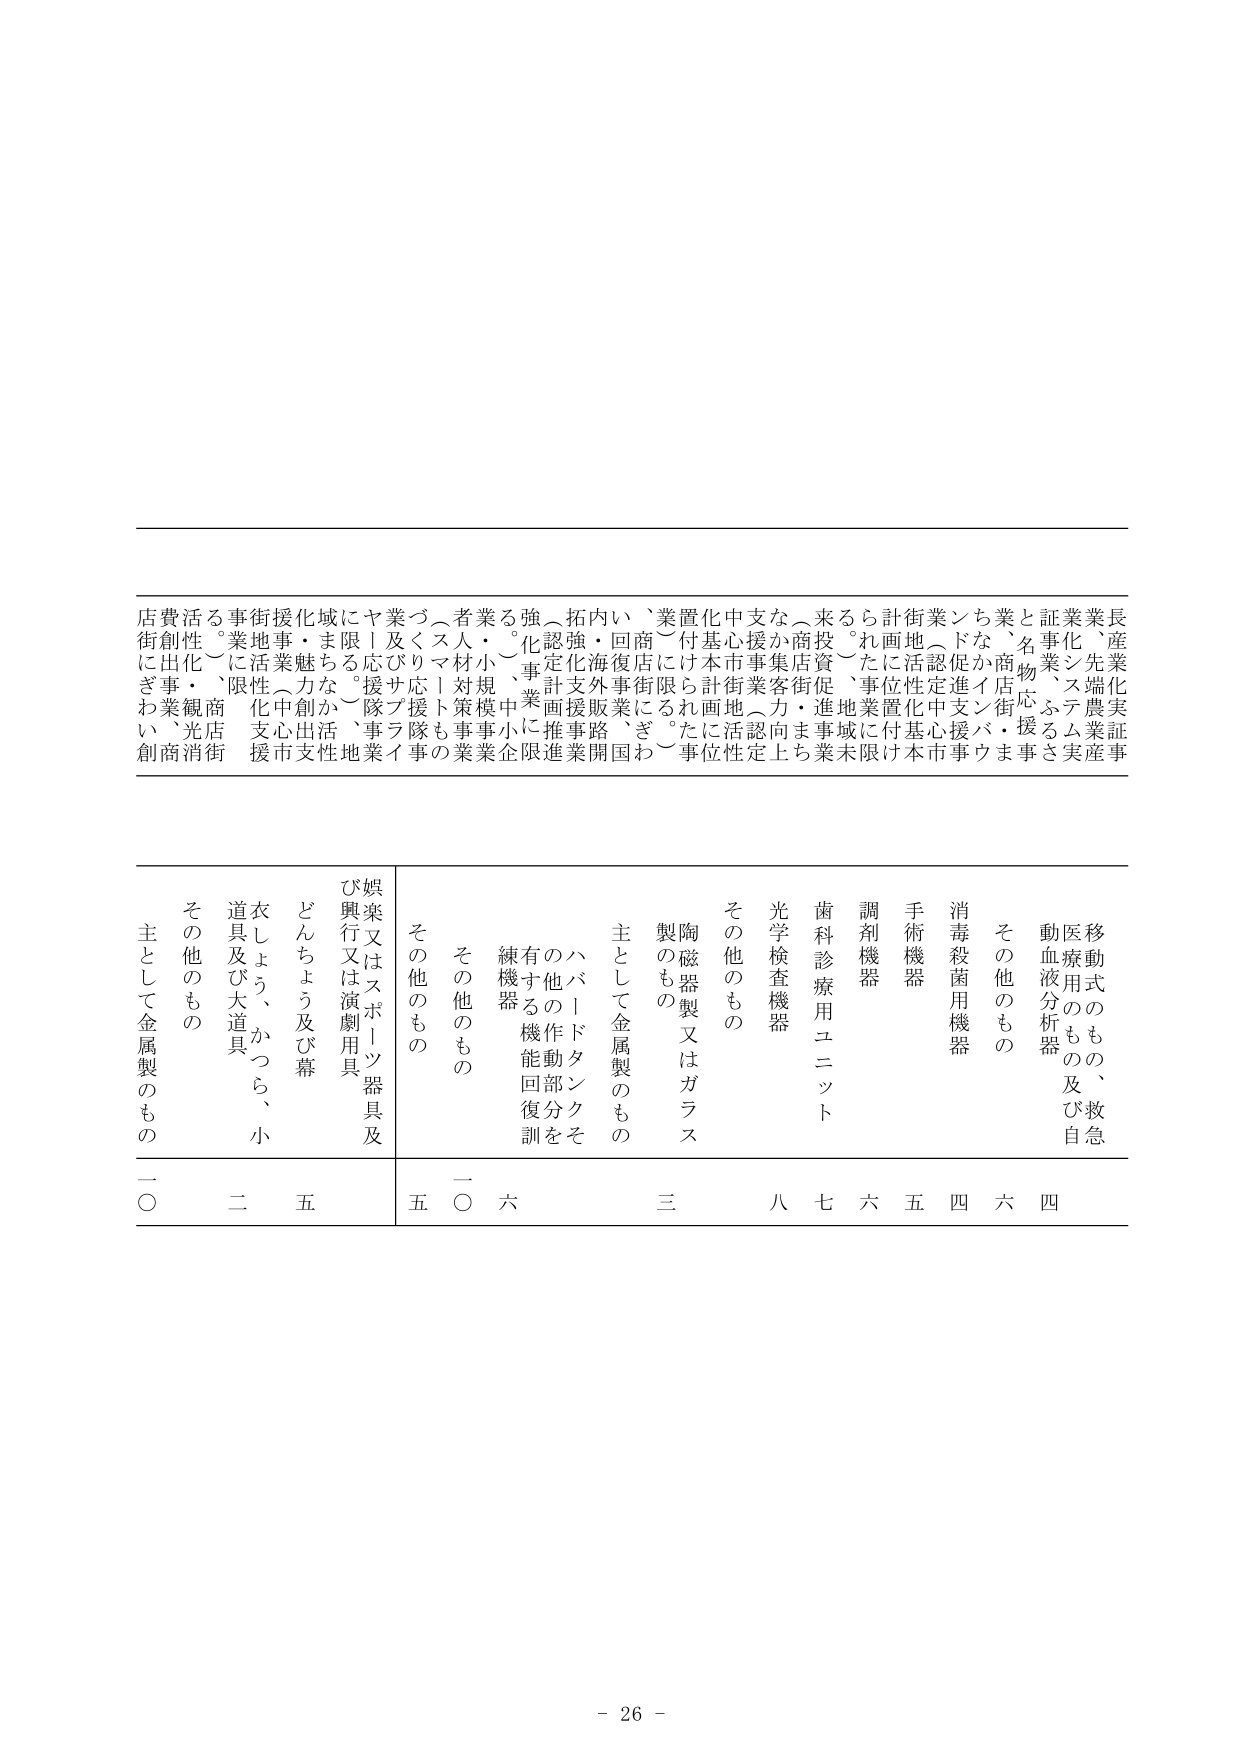
店街にぎわい創
費創性～事・光消
活化～、商街
る業に限定
事地活化支援
街事・業魅
援化・力創出
域・まちなか活性
に限らず、事業
ヤ！応援隊事業
業及びサポート隊
づくリマートも
者人材対策事業
業・小規模事業
強化、事業小企
（認定計画推進
拓強化支援事業
内・回復事業開
い商店街にぎわ
、業置付に限る
化基本計画地に
中支援街地活認
支市事業認定上
なか集客力向上
商店街促進事業
来投資促進事業
る投～、地域未
ら計画事業に限
計画に活置付け
街地認定促進中
業（認定促進支援
ンドに定進心事
ちな促進支援事
業、商店街・ま
と名物応援事業
証業、ステム実
業化、農産事
長産業実証事
産業端農業
移動式のもの、救急
医療用のもの及び自
動血液分析器
その他のもの
消毒殺菌用機器
手術機器
調剤機器
歯科診療用ユニット
光学検査機器
その他のもの
陶磁器製又はガラス
製のもの
主として金属製のもの
ハバードタンクそ
の他の作動部分を
有する機能回復訓
練機器
その他のもの
その他のもの
娯楽又はスポーツ器具及
び興行又は演劇用具
どんちょう及び幕
衣しょう、かつら、小
道具及び大道具
その他のもの
主として金属製のもの
一〇
二
五
五
一〇
六
三
八
七
六
五
四
六
四
- 26 -